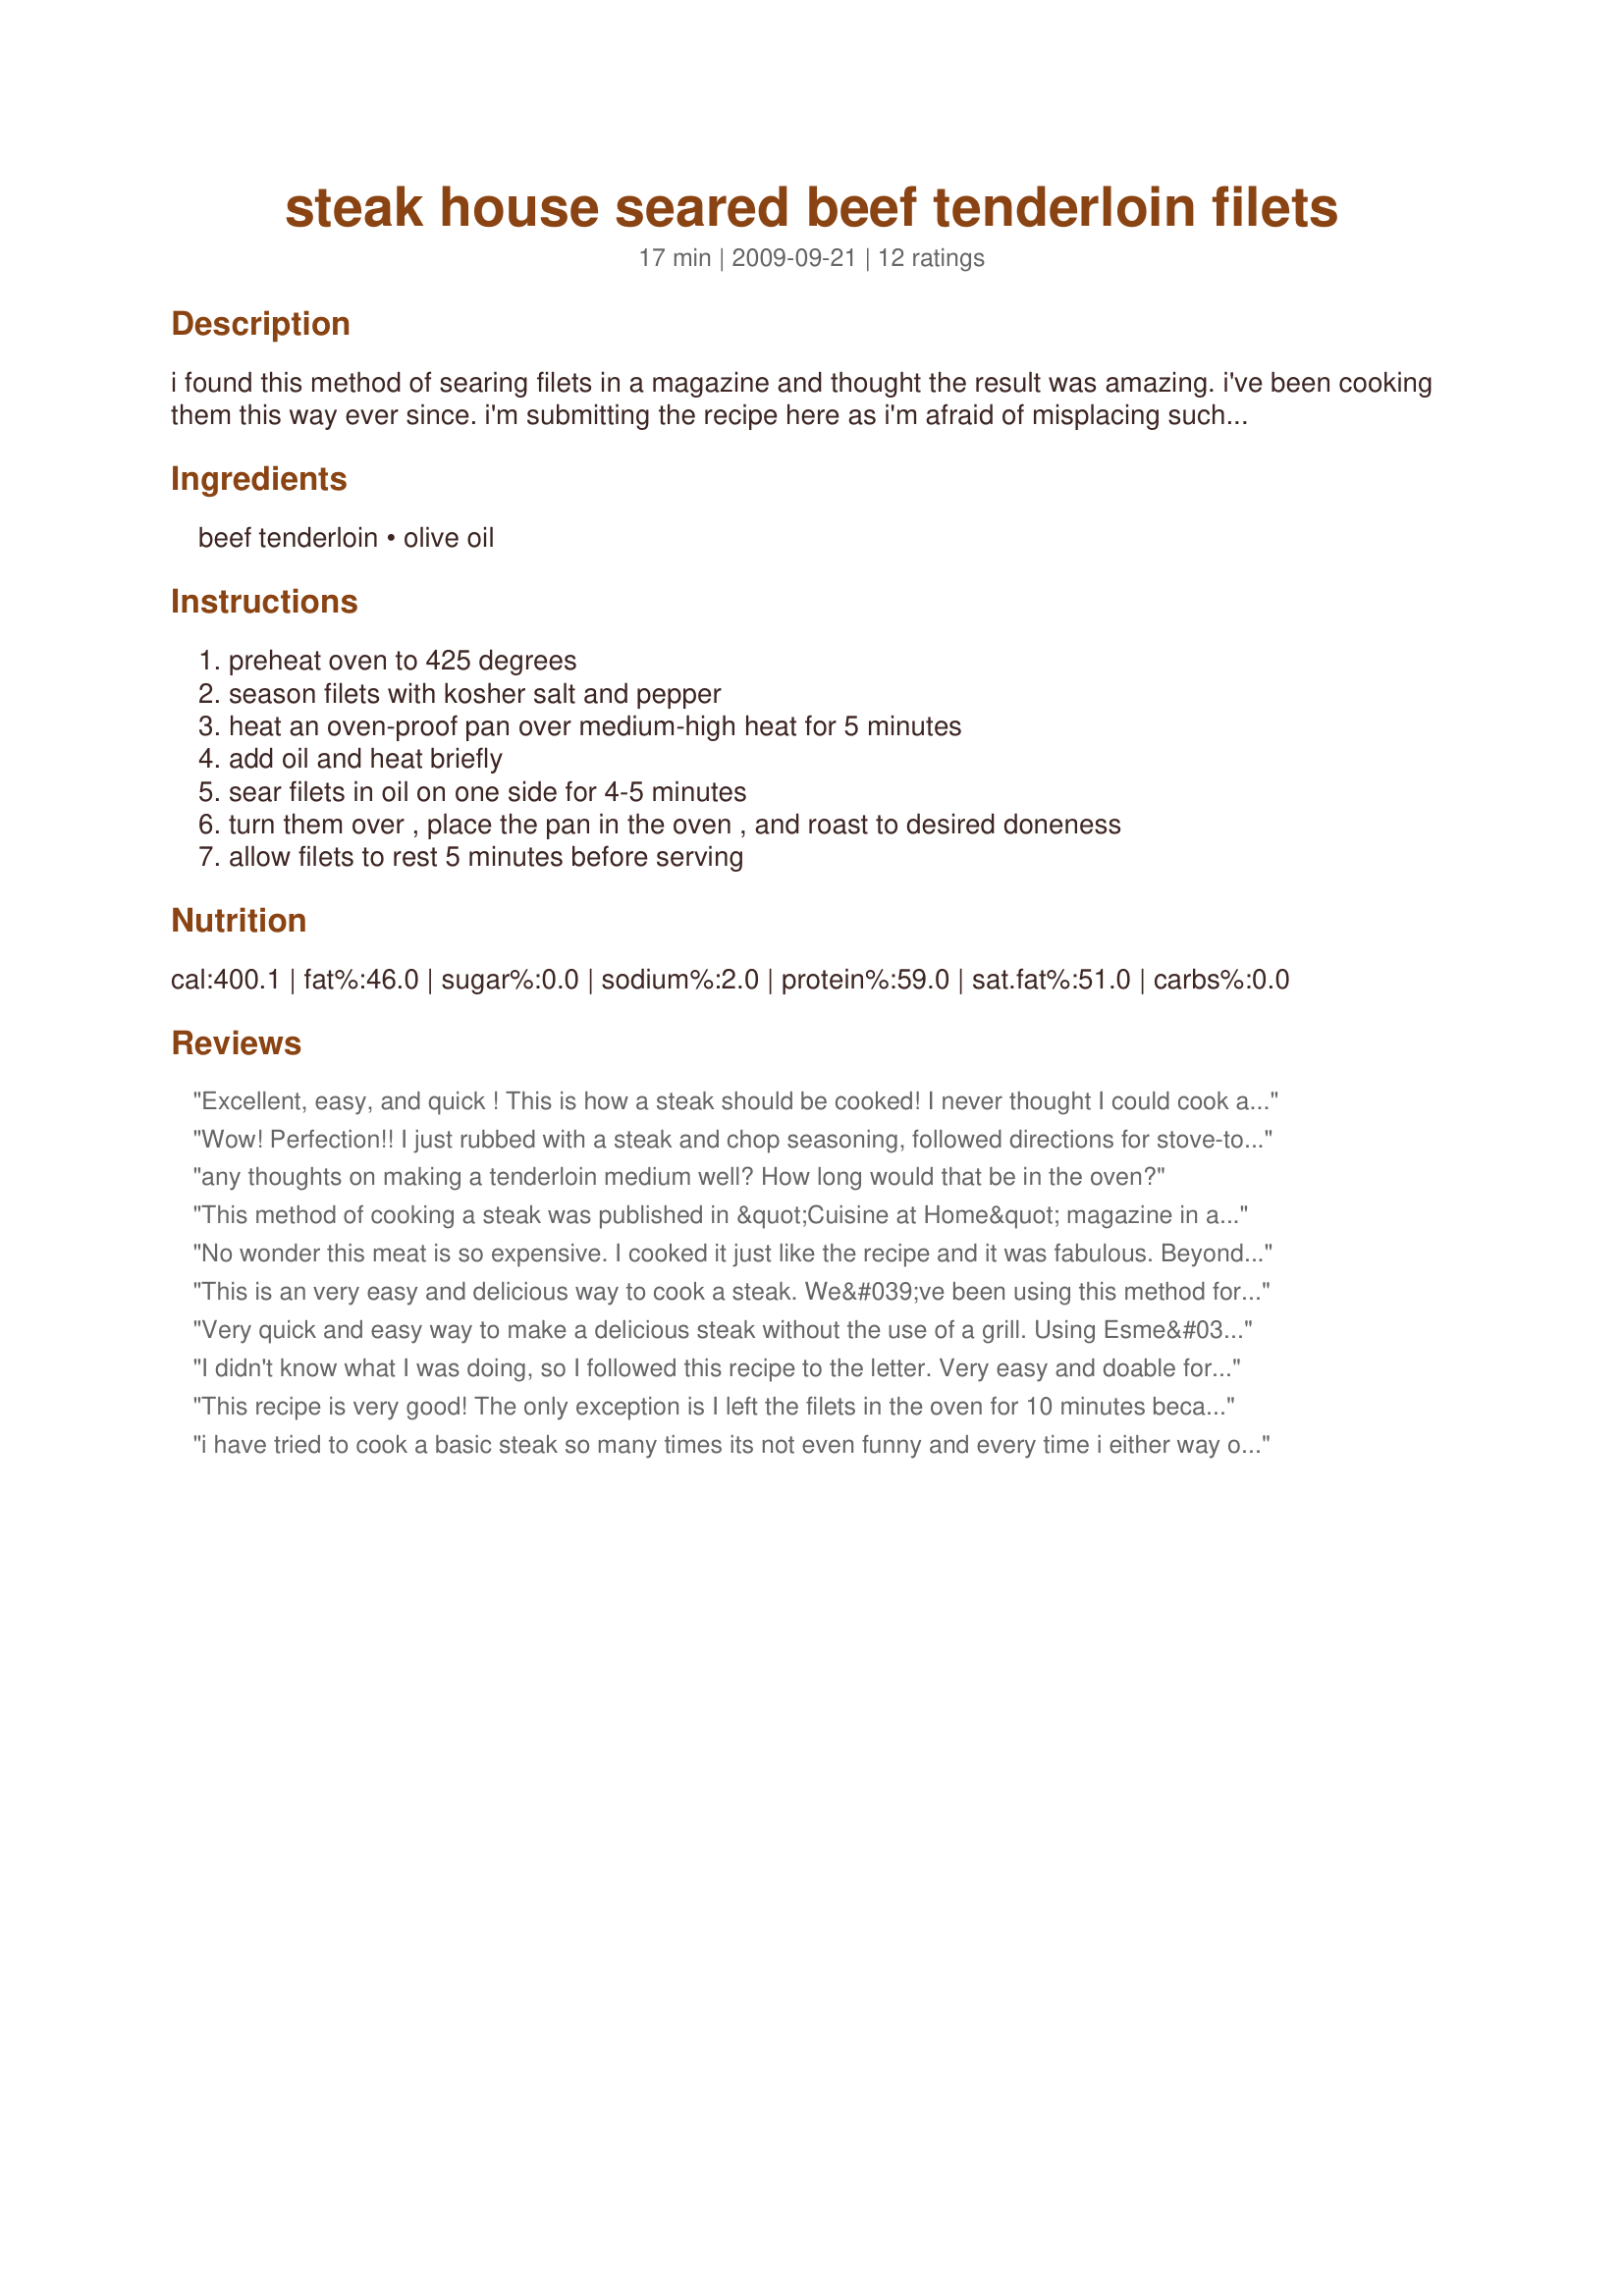
steak house seared beef tenderloin filets
Preparation time: 17 minutes

i found this method of searing filets in a magazine and thought the result was amazing. i've been cooking them this way ever since. i'm submitting the recipe here as i'm afraid of misplacing such a treasure.

Ingredients:
beef tenderloin, olive oil

Steps:
preheat oven to 425 degrees, season filets with kosher salt and pepper, heat an oven-proof pan over medium-high heat for 5 minutes, add oil and heat briefly, sear filets in oil on one side for 4-5 minutes, turn them over , place the pan in the oven , and roast to desired doneness, allow filets to rest 5 minutes before serving

Reviews:
Excellent, easy, and quick ! This is how a steak should be cooked! I never thought I could cook a steak well, until trying this recipe. Have made the recipe three times now. And, as did another reviewer, I used a cast iron grill pan. Better, and more controllable, than a steak on the grill --- it's like a very good steak from a very good steakhouse.
Wow! Perfection!! I just rubbed with a steak and chop seasoning, followed directions for stove-top and left in the oven for 9 minutes, for perfect medium well filets!! I will never do it any other way again.
any thoughts on making a tenderloin medium well? How long would that be in the oven?
This method of cooking a steak was published in &quot;Cuisine at Home&quot; magazine in an article titled &quot;Steak House Searing&quot;. It is a no-fail way to cook a steak. One must be sure to use a large pan and not crowd the fillets because when you put an over-crowded pan in the oven, it will result with an over-cooked steak. &lt;br/&gt;&lt;br/&gt;Doneness (2&quot; beef tenderloin filets):&lt;br/&gt;Rare -&lt;br/&gt;Sear 5 minutes&lt;br/&gt;Roast 5 minutes&lt;br/&gt;Rest 5 minutes&lt;br/&gt;&lt;br/&gt;Medium-Rare -&lt;br/&gt;Sear 5 minutes&lt;br/&gt;Roast 7 minutes&lt;br/&gt;Rest 5 minutes&lt;br/&gt;&lt;br/&gt;Medium - &lt;br/&gt;Sear 5 minutes&lt;br/&gt;Roast 9 minutes&lt;br/&gt;Rest 5 minutes
No wonder this meat is so expensive. I cooked it just like the recipe and it was fabulous. Beyond tender, I did add a couple more spices, but as I said fabulous
This is an very easy and delicious way to cook a steak. We&#039;ve been using this method for quite sometime now. The flavor of the meat isn&#039;t covered up by any other seasonings and has become our favorite way to prepare a good filet. Thanks!
Very quick and easy way to make a delicious steak without the use of a grill. Using Esme&#039;s timeframes my steaks came out cooked to perfection. For added flavor, coat with worcestershire sauce, a little salt and pepper, and some lemon pepper. You can also use garlic and/or onion powder. Whatever you choose to season with, the filets will come out perfectly. Thank you for this recipe!
I didn't know what I was doing, so I followed this recipe to the letter. Very easy and doable for the home cook! I used an iron grill skillet which made grill marks on the meat, which I recommend it for the visual. Also, remember to let the filet rest, which I almost forgot.
This recipe is very good! The only exception is I left the filets in the oven for 10 minutes because I like my steak medium well. My filets came out incredibly tender! I wish I could include a picture of how great they came out!
i have tried to cook a basic steak so many times its not even funny and every time i either way overcook it or way undercook it. finally at age 35 i have finally achieved the impossible. with this recipe, i cooked a perfect medium rare beef filet. it sounds stupid but this is a big deal for me lol
simple and quick. and YUMMY too!
My family and I enjoyed this recipe a lot. Using salt and black pepper only is one of my favorite ways to season a steak. I will say that I kept the steaks in the oven longer than mentioned in the recipe for medium rare. For medium rare, I took one steak out of the oven after 15 minutes total. For medium, I took the remaining steak out of the oven after 20 minutes total. Thank you for posting!
